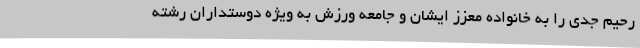
رحیم جدی را به خانواده معزز ایشان و جامعه ورزش به ویژه دوستداران رشته